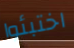
اختبئوا